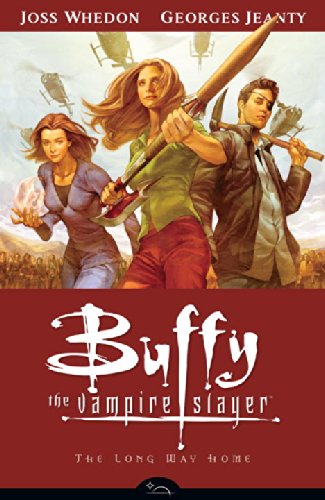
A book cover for The Long Way Home (Buffy the Vampire Slayer, Season 8, Vol. 1); Joss Whedon; Comics & Graphic Novels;